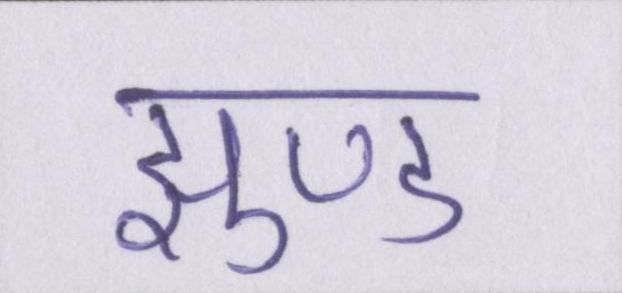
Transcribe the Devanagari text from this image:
झुण्ड